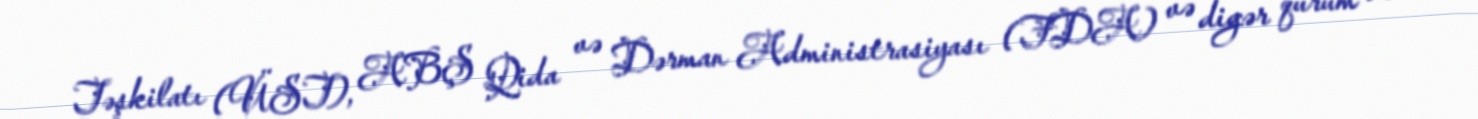
Təşkilatı (ÜST), ABŞ Qida və Dərman Administrasiyası (FDA) və digər qurum və